Leaving Certificate Examination (including Day School Certificate (Higher) General paper), 1936
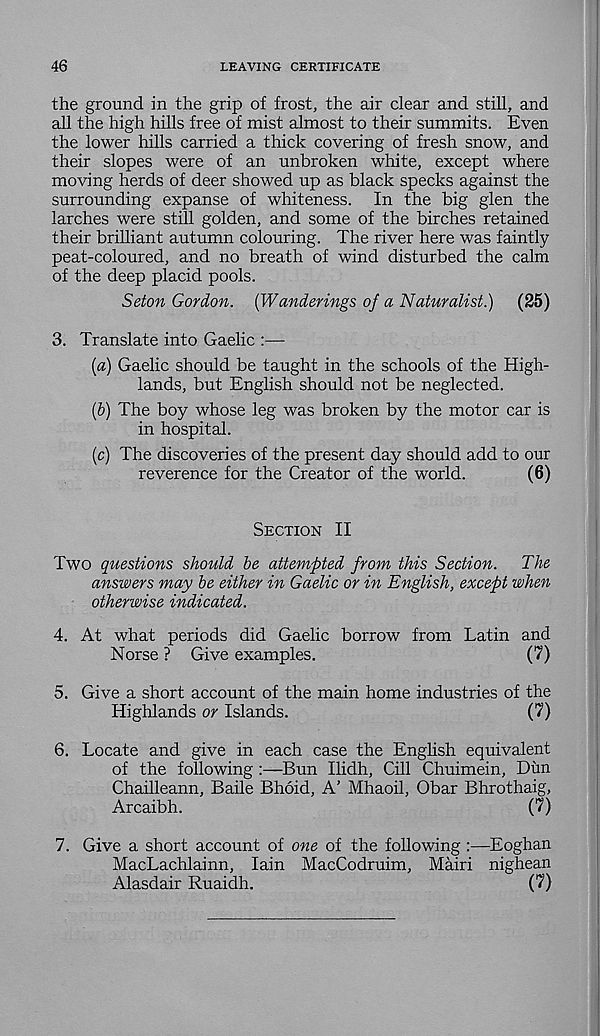
46
LEAVING CERTIFICATE
the ground in the grip of frost, the air clear and still, and
all the high hills free of mist almost to their summits. Even
the lower hills carried a thick covering of fresh snow, and
their slopes were of an unbroken white, except where
moving herds of deer showed up as black specks against the
surrounding expanse of whiteness. In the big glen the
larches were still golden, and some of the birches retained
their brilliant autumn colouring. The river here was faintly
peat-coloured, and no breath of wind disturbed the calm
of the deep placid pools.
Seton Gordon. {Wanderings of a Naturalist)
(25)
3. Translate into Gaelic :—
[а) Gaelic should be taught in the schools of the High-
lands, but English should not be neglected.
(б) The boy whose leg was broken by the motor car is
in hospital.
(c) The discoveries of the present day should add to our
reverence for the Creator of the world.
(6)
Section II
Two questions should be attempted from this Section.
The
answers may be either in Gaelic or in English, except when
otherwise indicated.
4. At what periods did Gaelic borrow from Latin and
Norse ? Give examples.
(7)
5. Give a short account of the main home industries of the
Highlands or Islands.
(7)
6. Locate and give in each case the English equivalent
of the following :—Bun Ilidh, Cill Chuimein, Dim
Chailleann, Bade Bhoid, A’ Mhaoil, Obar Bhrothaig,
Arcaibh.
(7)
7. Give a short account of one of the following :—Eoghan
MacLachlainn, Iain MacCodruim, Mairi nighean
Alasdair Ruaidh.
(7)